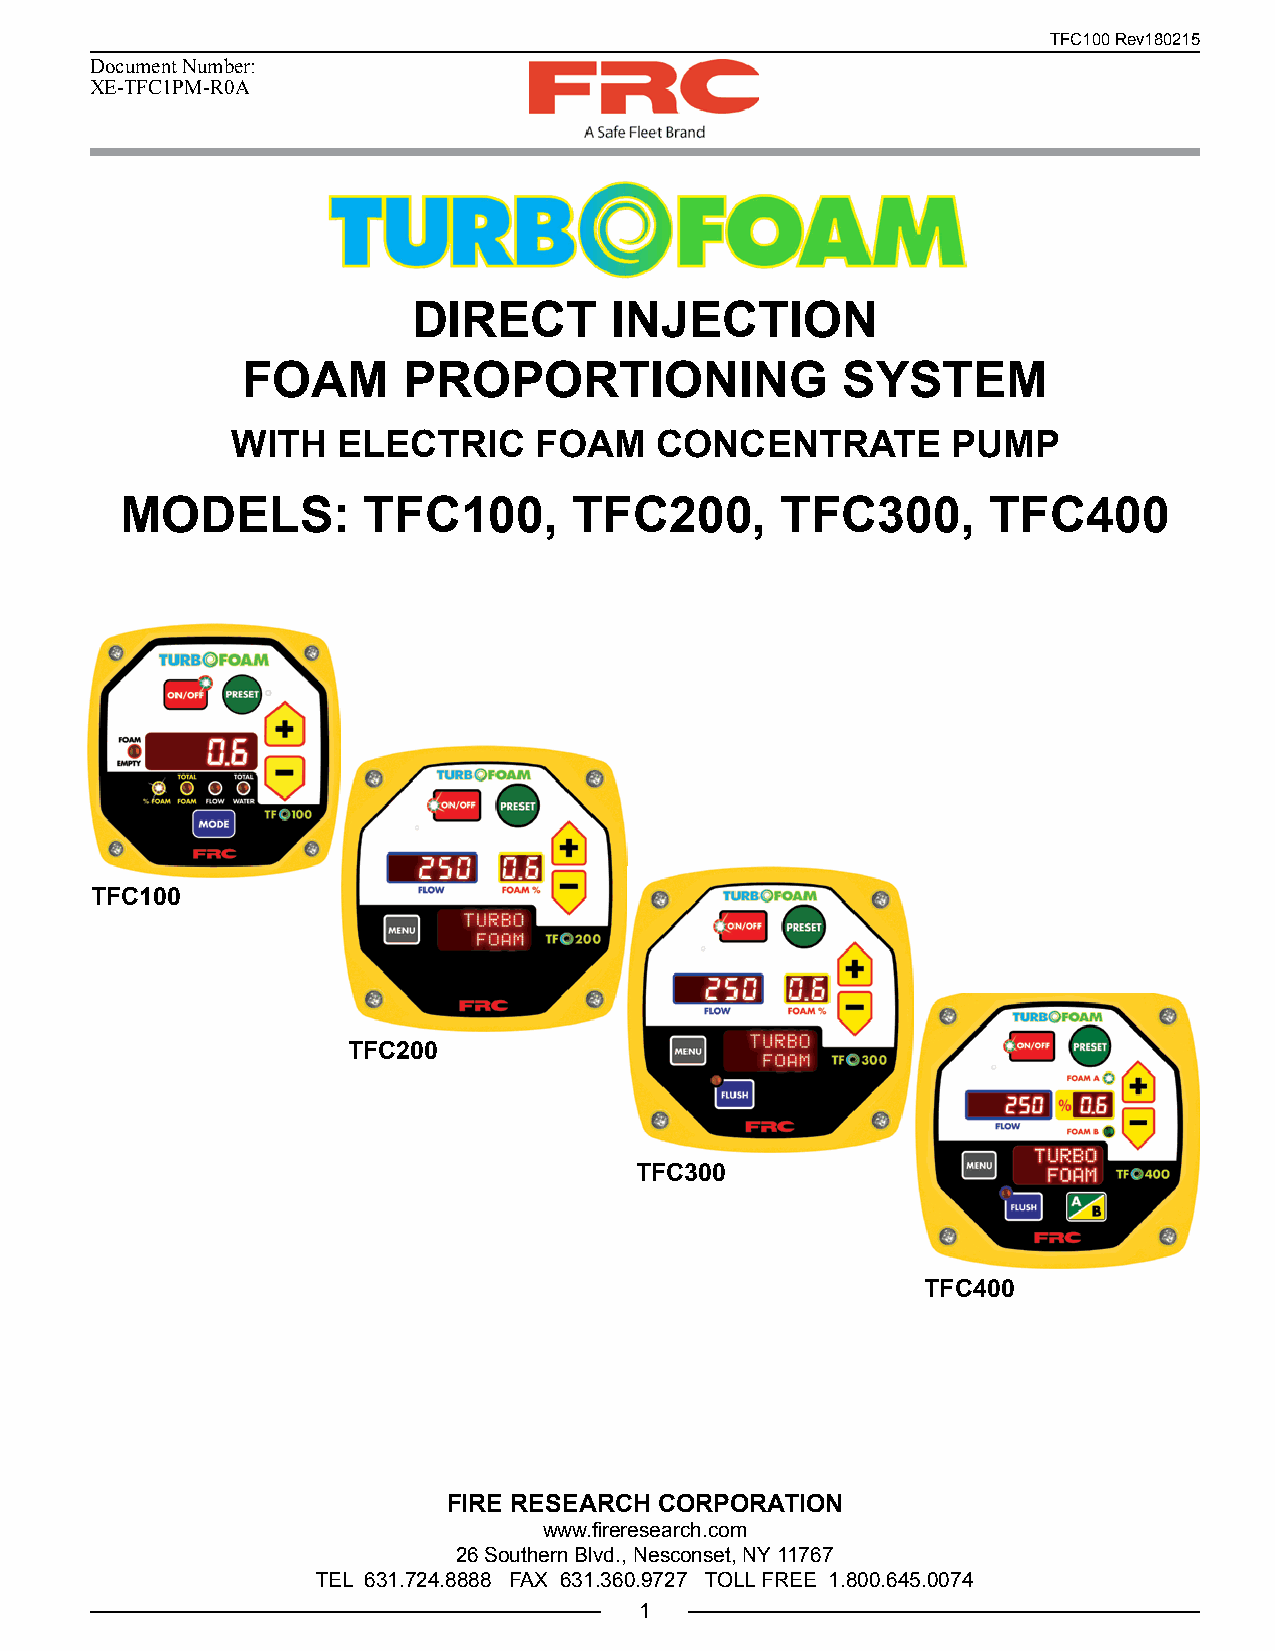
TFC100 Rev180215
 Document Number:
 XE-TFC1PM-R0A
 DIRECT       INJECTION
 FOAM       PROPORTIONING                SYSTEM
 WITH   ELECTRIC     FOAM    CONCENTRATE         PUMP
 MODELS:         TFC100,       TFC200,       TFC300,       TFC400
 TFC100
 TFC200
 TFC300
 TFC400
 FIRE RESEARCH CORPORATION
 www.fireresearch.com
 26 Southern Blvd., Nesconset, NY 11767
 TEL 631.724.8888 FAX 631.360.9727 TOLL FREE 1.800.645.0074
 1